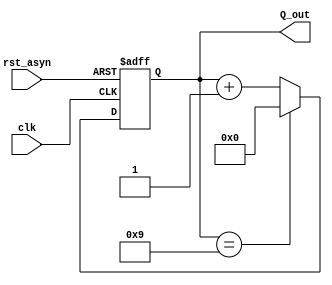
module BCD(clk, rst_asyn, Q_out);
input clk; //I clock in
input rst_asyn; //I asyn reset
output [3:0] Q_out; // O asyn Result
reg [3:0] Q_out;

always@ (posedge clk or posedge rst_asyn)
 begin
    if (rst_asyn)
        Q_out = 0;
    else if (Q_out == 9)
        Q_out = 0;
    else
        Q_out = Q_out+1;
 end
endmodule